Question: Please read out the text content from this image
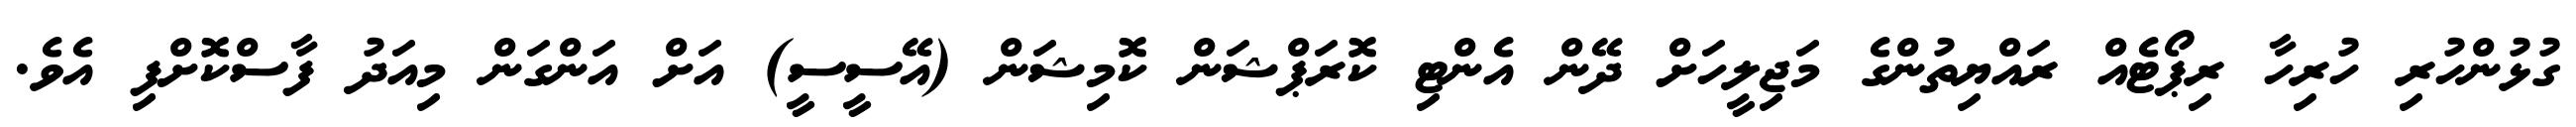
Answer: ގުޅުންހުރި ހުރިހާ ރިޕޯޓެއް ރައްޔިތުންގެ މަޖިލީހަށް ދޭން އެންޓި ކޮރަޕްޝަން ކޮމިޝަން (އޭސީސީ) އަށް އަންގަން މިއަދު ފާސްކޮށްފި އެވެ.